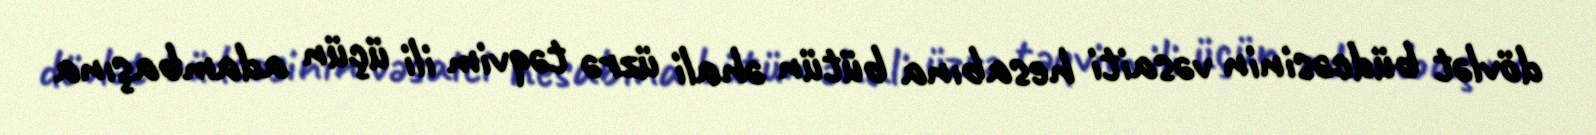
dövlət büdcəsinin vəsaiti hesabına bütün əhali üzrə təqvim ili üçün adambaşına